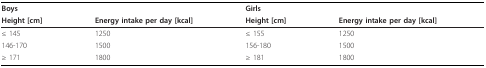
| <COLSPAN=2> Boys | <COLSPAN=2> Girls |
 | Height [cm] | Energy intake per day [kcal] | Height [cm] | Energy intake per day [kcal] |
 | --- | --- | --- | --- |
 | ≤ 145 | 1250 | ≤ 155 | 1250 |
 | 146-170 | 1500 | 156-180 | 1500 |
 | ≥ 171 | 1800 | ≥ 181 | 1800 |